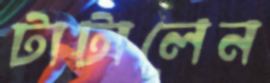
টাটালেন